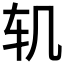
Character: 𮷖